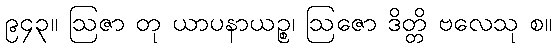
၉၄၃။ ဩဇာ တု ယာပနာယဉ္စ၊ ဩဇော ဒိတ္တိ ဗလေသု စ။